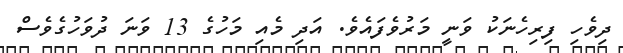
ދިވެހި ފިރިހެނަކު ވަނީ މަރުވެފައެވެ. އަދި މެއި މަހުގެ 13 ވަނަ ދުވަހުގެވެސް